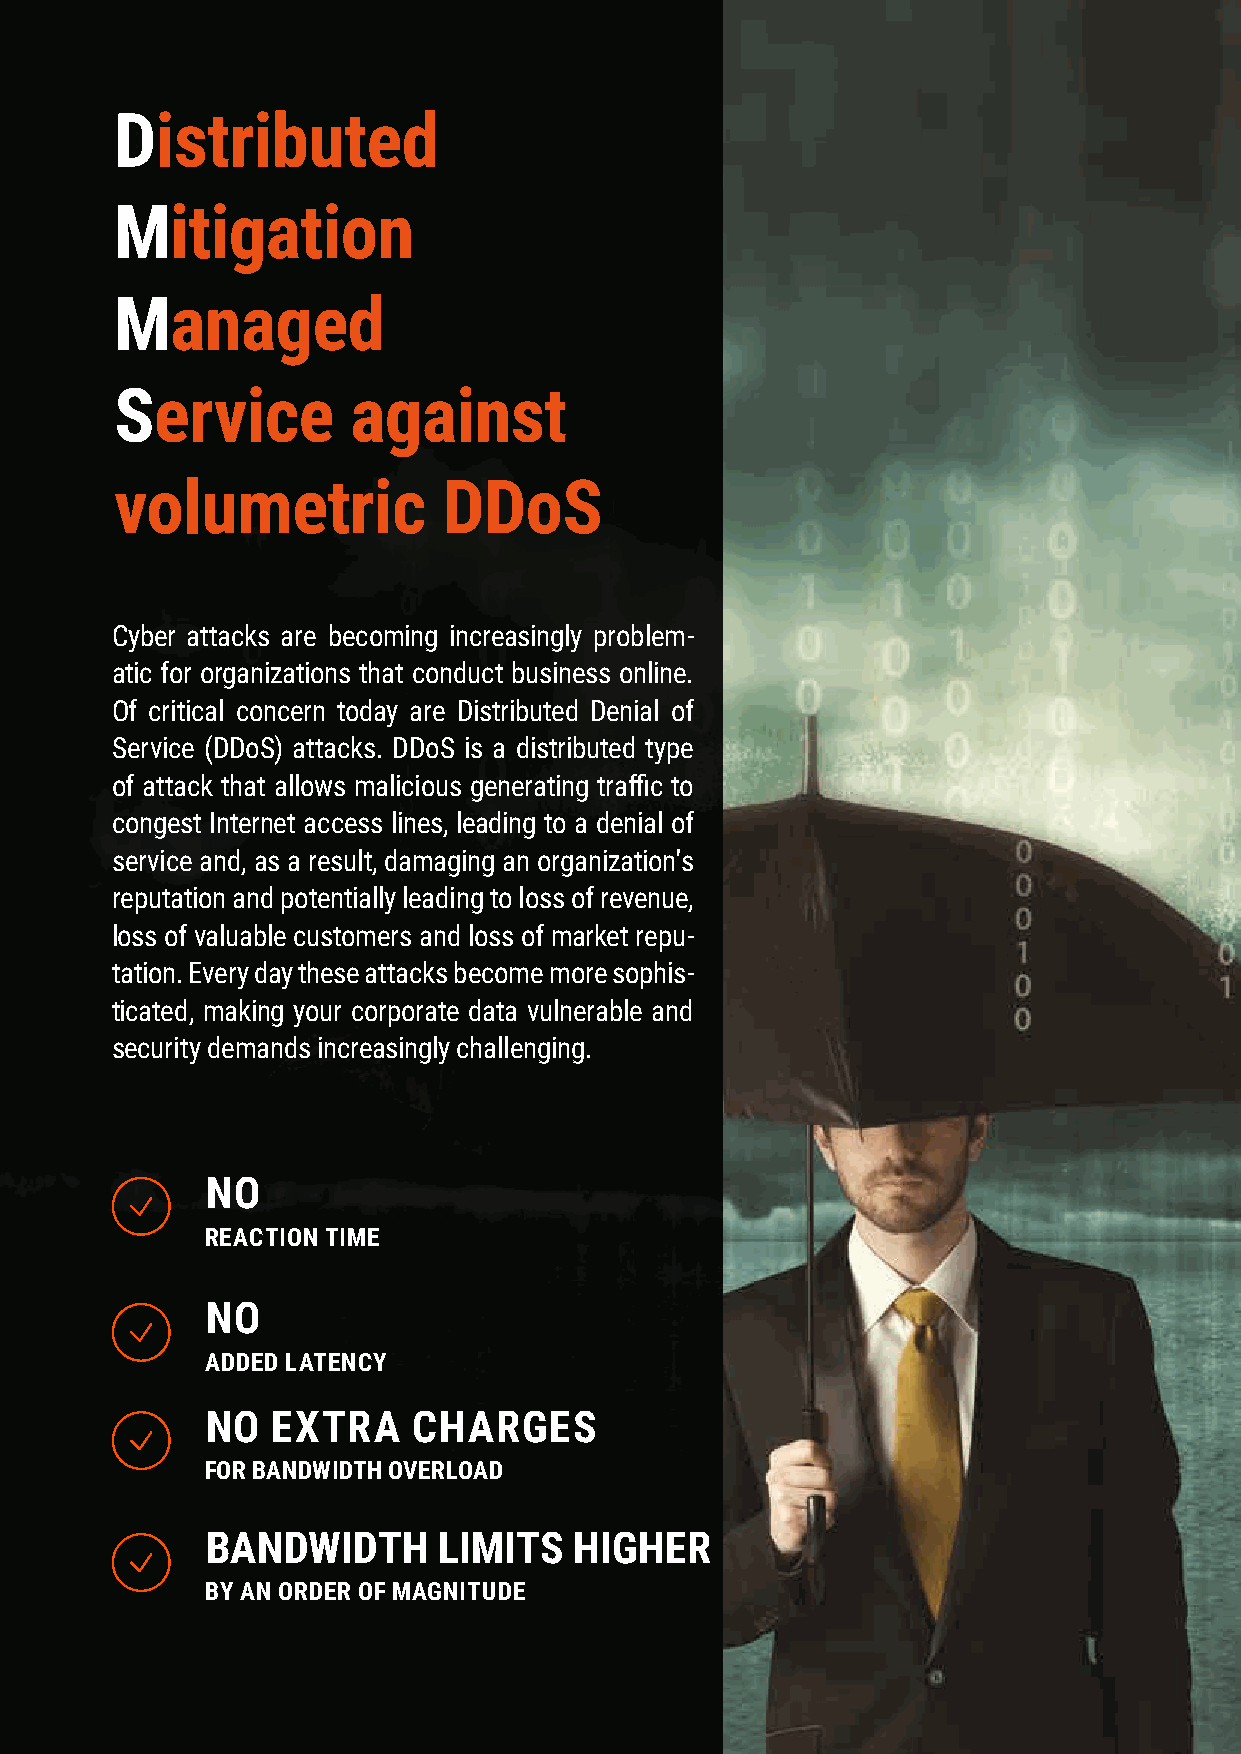
36
 Distributed
 Mitigation
 Managed
 Service        against
 volumetric           DDoS
 Cyber attacks are becoming increasingly problem-
 atic for organizations that conduct business online.
 Of critical concern today are Distributed Denial of
 Service (DDoS) attacks. DDoS is a distributed type
 of attack that allows malicious generating traffic to
 congest Internet access lines, leading to a denial of
 service and, as a result, damaging an organization's
 reputation and potentially leading to loss of revenue,
 loss of valuable customers and loss of market repu-
 tation. Every day these attacks become more sophis-
 ticated, making your corporate data vulnerable and
 security demands increasingly challenging.
 NO
 REACTION TIME
 NO
 ADDED LATENCY
 NO  EXTRA    CHARGES
 FOR BANDWIDTH OVERLOAD
 BANDWIDTH      LIMITS   HIGHER
 BY AN ORDER OF MAGNITUDE
 www.iptp.com